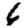
Digit: 6